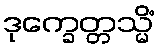
ဒုက္ခေတ္တသ္မိံ